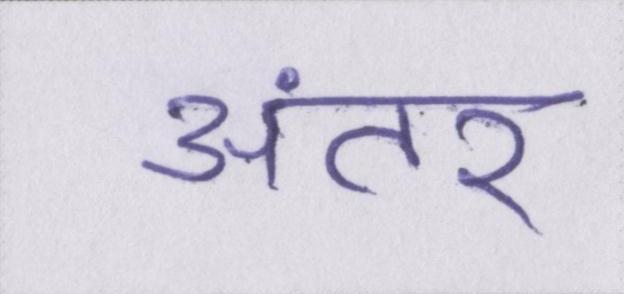
अंतर